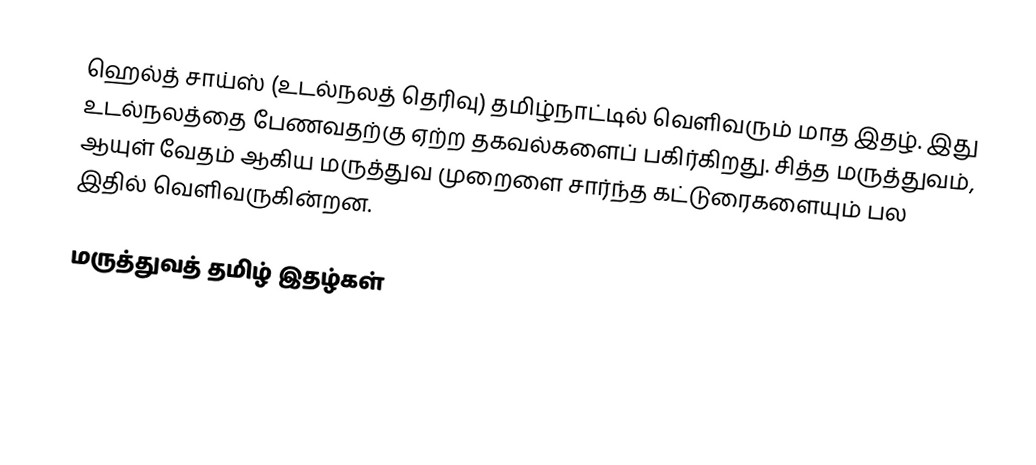
ஹெல்த் சாய்ஸ் (உடல்நலத் தெரிவு) தமிழ்நாட்டில் வெளிவரும் மாத இதழ்.  இது உடல்நலத்தை பேணவதற்கு ஏற்ற தகவல்களைப் பகிர்கிறது.  சித்த மருத்துவம், ஆயுள் வேதம் ஆகிய மருத்துவ முறைளை சார்ந்த கட்டுரைகளையும் பல இதில் வெளிவருகின்றன.

மருத்துவத் தமிழ் இதழ்கள்